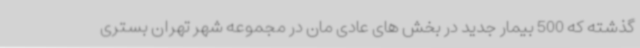
گذشته که 500 بیمار جدید در بخش های عادی مان در مجموعه شهر تهران بستری